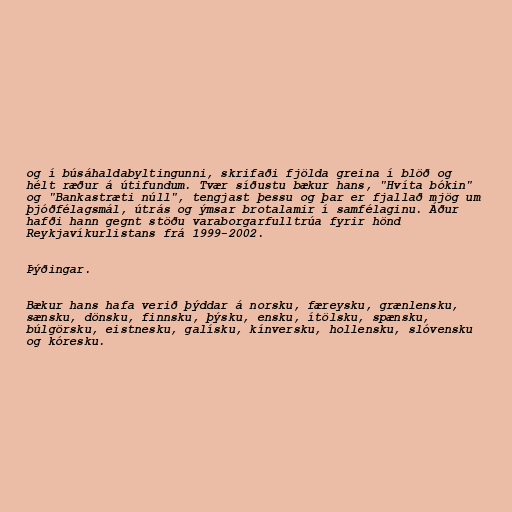
og í búsáhaldabyltingunni, skrifaði fjölda greina í blöð og
hélt ræður á útifundum. Tvær síðustu bækur hans, "Hvíta bókin"
og "Bankastræti núll", tengjast þessu og þar er fjallað mjög um
þjóðfélagsmál, útrás og ýmsar brotalamir í samfélaginu. Áður
hafði hann gegnt stöðu varaborgarfulltrúa fyrir hönd
Reykjavíkurlistans frá 1999-2002.

Þýðingar.

Bækur hans hafa verið þýddar á norsku, færeysku, grænlensku,
sænsku, dönsku, finnsku, þýsku, ensku, ítölsku, spænsku,
búlgörsku, eistnesku, galísku, kínversku, hollensku, slóvensku
og kóresku.